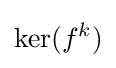
\mathrm {ker} (f^{k})